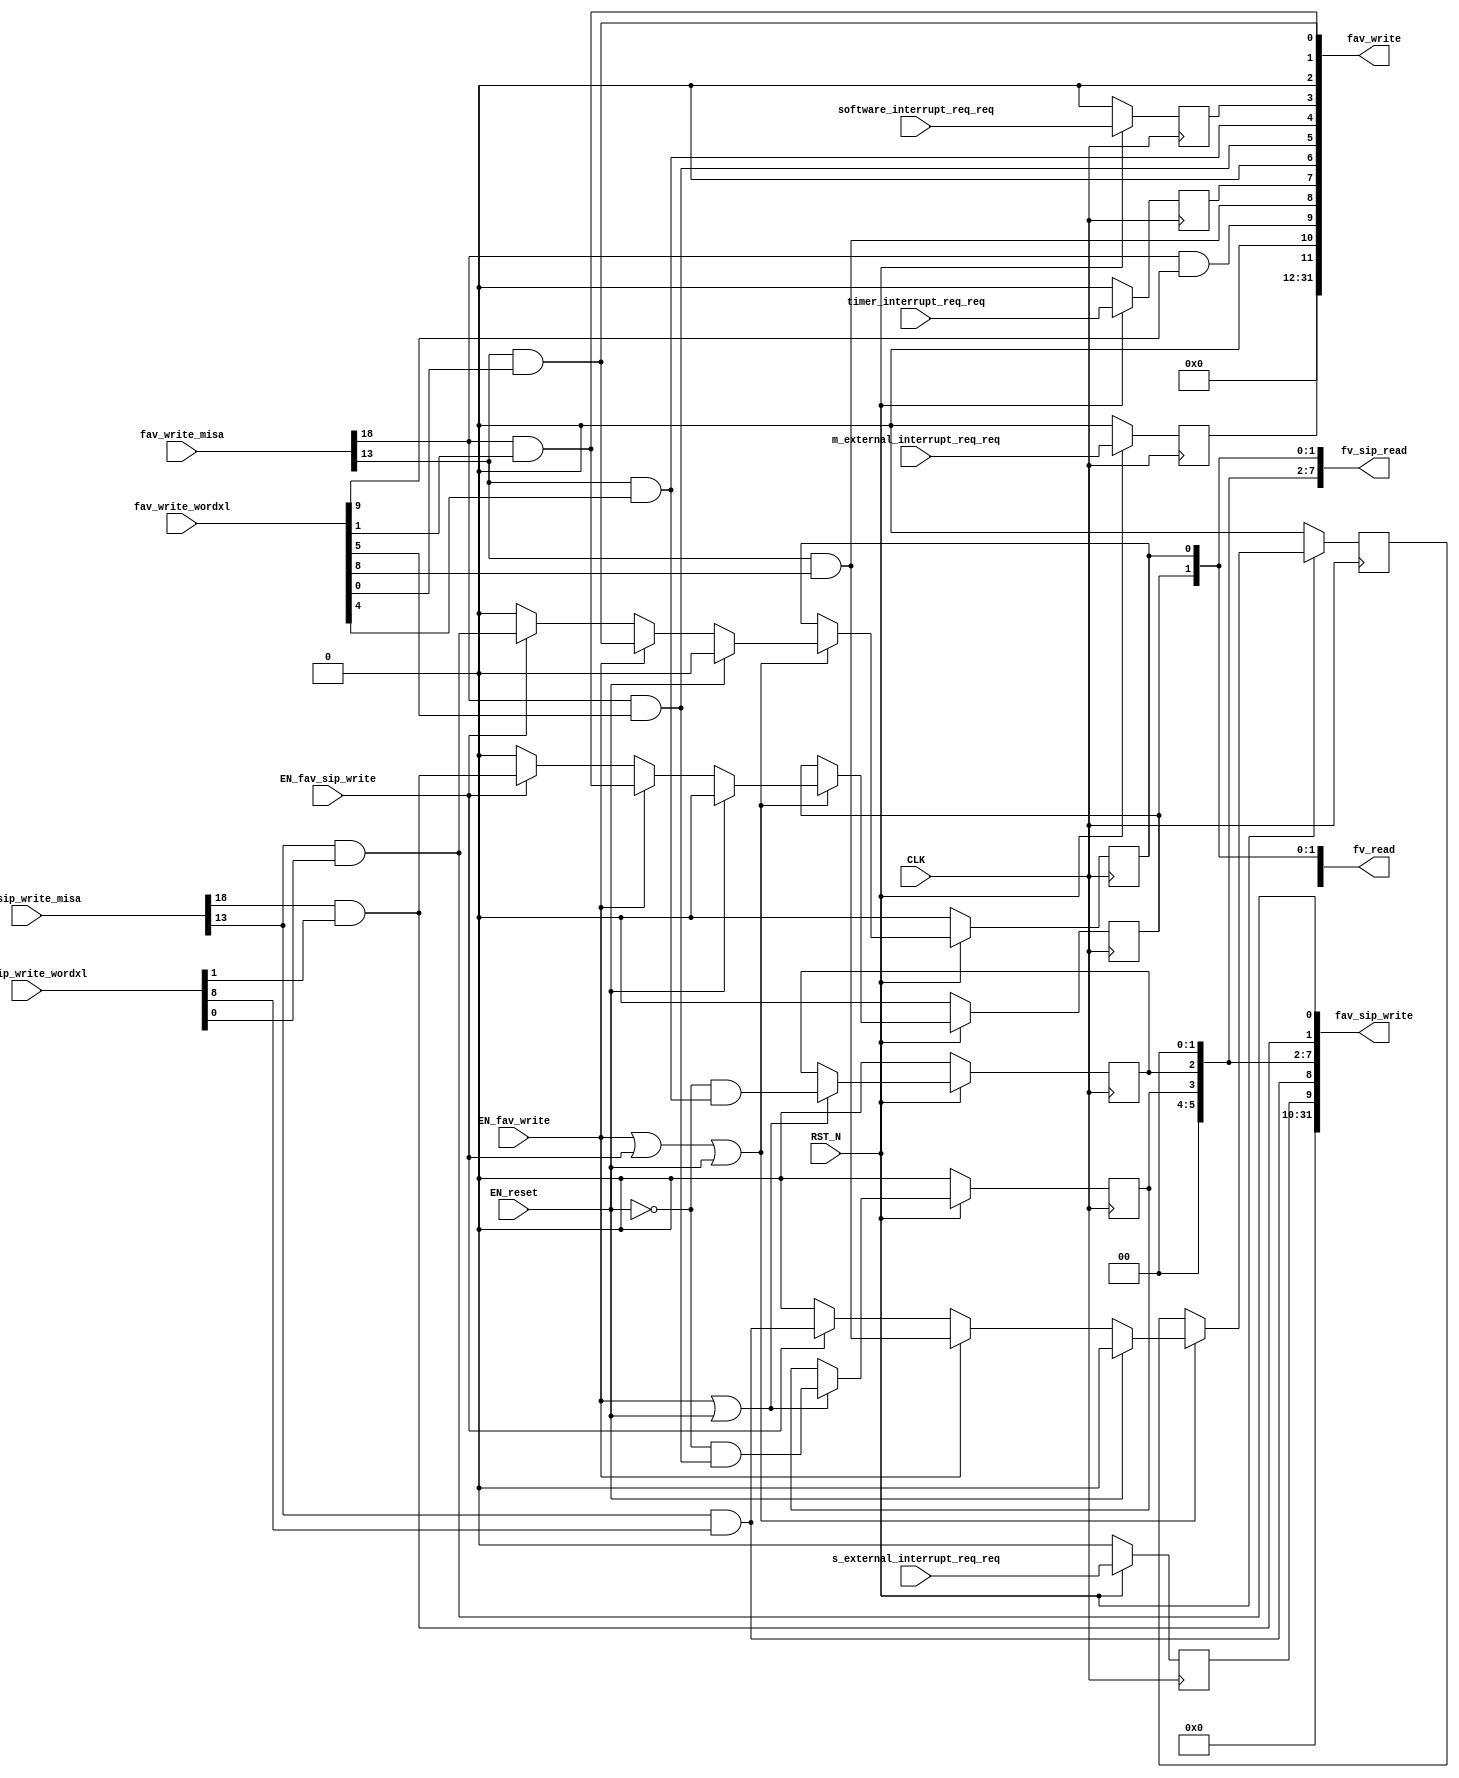
//
// Generated by Bluespec Compiler, version 2018.10.beta1 (build e1df8052c, 2018-10-17)
//
//
//
//
// Ports:
// Name                         I/O  size props
// fv_read                        O    32
// fav_write                      O    32
// fv_sip_read                    O    32
// fav_sip_write                  O    32
// CLK                            I     1 clock
// RST_N                          I     1 reset
// fav_write_misa                 I    28
// fav_write_wordxl               I    32
// fav_sip_write_misa             I    28
// fav_sip_write_wordxl           I    32
// m_external_interrupt_req_req   I     1 reg
// s_external_interrupt_req_req   I     1 reg
// software_interrupt_req_req     I     1 reg
// timer_interrupt_req_req        I     1 reg
// EN_reset                       I     1
// EN_fav_write                   I     1
// EN_fav_sip_write               I     1
//
// Combinational paths from inputs to outputs:
//   (fav_write_misa, fav_write_wordxl) -> fav_write
//   (fav_sip_write_misa, fav_sip_write_wordxl) -> fav_sip_write
//
//

`ifdef BSV_ASSIGNMENT_DELAY
`else
  `define BSV_ASSIGNMENT_DELAY
`endif

`ifdef BSV_POSITIVE_RESET
  `define BSV_RESET_VALUE 1'b1
  `define BSV_RESET_EDGE posedge
`else
  `define BSV_RESET_VALUE 1'b0
  `define BSV_RESET_EDGE negedge
`endif

module mkCSR_MIP(CLK,
		 RST_N,

		 EN_reset,

		 fv_read,

		 fav_write_misa,
		 fav_write_wordxl,
		 EN_fav_write,
		 fav_write,

		 fv_sip_read,

		 fav_sip_write_misa,
		 fav_sip_write_wordxl,
		 EN_fav_sip_write,
		 fav_sip_write,

		 m_external_interrupt_req_req,

		 s_external_interrupt_req_req,

		 software_interrupt_req_req,

		 timer_interrupt_req_req);
  input  CLK;
  input  RST_N;

  // action method reset
  input  EN_reset;

  // value method fv_read
  output [31 : 0] fv_read;

  // actionvalue method fav_write
  input  [27 : 0] fav_write_misa;
  input  [31 : 0] fav_write_wordxl;
  input  EN_fav_write;
  output [31 : 0] fav_write;

  // value method fv_sip_read
  output [31 : 0] fv_sip_read;

  // actionvalue method fav_sip_write
  input  [27 : 0] fav_sip_write_misa;
  input  [31 : 0] fav_sip_write_wordxl;
  input  EN_fav_sip_write;
  output [31 : 0] fav_sip_write;

  // action method m_external_interrupt_req
  input  m_external_interrupt_req_req;

  // action method s_external_interrupt_req
  input  s_external_interrupt_req_req;

  // action method software_interrupt_req
  input  software_interrupt_req_req;

  // action method timer_interrupt_req
  input  timer_interrupt_req_req;

  // signals for module outputs
  wire [31 : 0] fav_sip_write, fav_write, fv_read, fv_sip_read;

  // register rg_meip
  reg rg_meip;
  wire rg_meip$D_IN, rg_meip$EN;

  // register rg_msip
  reg rg_msip;
  wire rg_msip$D_IN, rg_msip$EN;

  // register rg_mtip
  reg rg_mtip;
  wire rg_mtip$D_IN, rg_mtip$EN;

  // register rg_seip
  reg rg_seip;
  wire rg_seip$D_IN, rg_seip$EN;

  // register rg_ssip
  reg rg_ssip;
  reg rg_ssip$D_IN;
  wire rg_ssip$EN;

  // register rg_stip
  reg rg_stip;
  wire rg_stip$D_IN, rg_stip$EN;

  // register rg_ueip
  reg rg_ueip;
  reg rg_ueip$D_IN;
  wire rg_ueip$EN;

  // register rg_usip
  reg rg_usip;
  reg rg_usip$D_IN;
  wire rg_usip$EN;

  // register rg_utip
  reg rg_utip;
  wire rg_utip$D_IN, rg_utip$EN;

  // rule scheduling signals
  wire CAN_FIRE_fav_sip_write,
       CAN_FIRE_fav_write,
       CAN_FIRE_m_external_interrupt_req,
       CAN_FIRE_reset,
       CAN_FIRE_s_external_interrupt_req,
       CAN_FIRE_software_interrupt_req,
       CAN_FIRE_timer_interrupt_req,
       WILL_FIRE_fav_sip_write,
       WILL_FIRE_fav_write,
       WILL_FIRE_m_external_interrupt_req,
       WILL_FIRE_reset,
       WILL_FIRE_s_external_interrupt_req,
       WILL_FIRE_software_interrupt_req,
       WILL_FIRE_timer_interrupt_req;

  // remaining internal signals
  wire [11 : 0] new_mip__h528, new_mip__h946;
  wire seip__h562,
       ssip__h566,
       ssip__h986,
       stip__h564,
       ueip__h563,
       ueip__h985,
       usip__h567,
       usip__h987,
       utip__h565;

  // action method reset
  assign CAN_FIRE_reset = 1'd1 ;
  assign WILL_FIRE_reset = EN_reset ;

  // value method fv_read
  assign fv_read = { 20'd0, new_mip__h528 } ;

  // actionvalue method fav_write
  assign fav_write = { 20'd0, new_mip__h946 } ;
  assign CAN_FIRE_fav_write = 1'd1 ;
  assign WILL_FIRE_fav_write = EN_fav_write ;

  // value method fv_sip_read
  assign fv_sip_read =
	     { 22'd0,
	       rg_seip,
	       rg_ueip,
	       2'b0,
	       rg_stip,
	       rg_utip,
	       2'b0,
	       rg_ssip,
	       rg_usip } ;

  // actionvalue method fav_sip_write
  assign fav_sip_write =
	     { 22'd0,
	       rg_seip,
	       ueip__h985,
	       2'b0,
	       rg_stip,
	       rg_utip,
	       2'b0,
	       ssip__h986,
	       usip__h987 } ;
  assign CAN_FIRE_fav_sip_write = 1'd1 ;
  assign WILL_FIRE_fav_sip_write = EN_fav_sip_write ;

  // action method m_external_interrupt_req
  assign CAN_FIRE_m_external_interrupt_req = 1'd1 ;
  assign WILL_FIRE_m_external_interrupt_req = 1'd1 ;

  // action method s_external_interrupt_req
  assign CAN_FIRE_s_external_interrupt_req = 1'd1 ;
  assign WILL_FIRE_s_external_interrupt_req = 1'd1 ;

  // action method software_interrupt_req
  assign CAN_FIRE_software_interrupt_req = 1'd1 ;
  assign WILL_FIRE_software_interrupt_req = 1'd1 ;

  // action method timer_interrupt_req
  assign CAN_FIRE_timer_interrupt_req = 1'd1 ;
  assign WILL_FIRE_timer_interrupt_req = 1'd1 ;

  // register rg_meip
  assign rg_meip$D_IN = m_external_interrupt_req_req ;
  assign rg_meip$EN = 1'b1 ;

  // register rg_msip
  assign rg_msip$D_IN = software_interrupt_req_req ;
  assign rg_msip$EN = 1'b1 ;

  // register rg_mtip
  assign rg_mtip$D_IN = timer_interrupt_req_req ;
  assign rg_mtip$EN = 1'b1 ;

  // register rg_seip
  assign rg_seip$D_IN = s_external_interrupt_req_req ;
  assign rg_seip$EN = 1'b1 ;

  // register rg_ssip
  always@(EN_reset or
	  EN_fav_write or ssip__h566 or EN_fav_sip_write or ssip__h986)
  case (1'b1)
    EN_reset: rg_ssip$D_IN = 1'd0;
    EN_fav_write: rg_ssip$D_IN = ssip__h566;
    EN_fav_sip_write: rg_ssip$D_IN = ssip__h986;
    default: rg_ssip$D_IN = 1'b0 /* unspecified value */ ;
  endcase
  assign rg_ssip$EN = EN_fav_write || EN_fav_sip_write || EN_reset ;

  // register rg_stip
  assign rg_stip$D_IN = !EN_reset && stip__h564 ;
  assign rg_stip$EN = EN_fav_write || EN_reset ;

  // register rg_ueip
  always@(EN_reset or
	  EN_fav_write or ueip__h563 or EN_fav_sip_write or ueip__h985)
  case (1'b1)
    EN_reset: rg_ueip$D_IN = 1'd0;
    EN_fav_write: rg_ueip$D_IN = ueip__h563;
    EN_fav_sip_write: rg_ueip$D_IN = ueip__h985;
    default: rg_ueip$D_IN = 1'b0 /* unspecified value */ ;
  endcase
  assign rg_ueip$EN = EN_fav_write || EN_fav_sip_write || EN_reset ;

  // register rg_usip
  always@(EN_reset or
	  EN_fav_write or usip__h567 or EN_fav_sip_write or usip__h987)
  case (1'b1)
    EN_reset: rg_usip$D_IN = 1'd0;
    EN_fav_write: rg_usip$D_IN = usip__h567;
    EN_fav_sip_write: rg_usip$D_IN = usip__h987;
    default: rg_usip$D_IN = 1'b0 /* unspecified value */ ;
  endcase
  assign rg_usip$EN = EN_fav_write || EN_fav_sip_write || EN_reset ;

  // register rg_utip
  assign rg_utip$D_IN = !EN_reset && utip__h565 ;
  assign rg_utip$EN = EN_fav_write || EN_reset ;

  // remaining internal signals
  assign new_mip__h528 =
	     { rg_meip,
	       1'b0,
	       rg_seip,
	       rg_ueip,
	       rg_mtip,
	       1'b0,
	       rg_stip,
	       rg_utip,
	       rg_msip,
	       1'b0,
	       rg_ssip,
	       rg_usip } ;
  assign new_mip__h946 =
	     { rg_meip,
	       1'b0,
	       seip__h562,
	       ueip__h563,
	       rg_mtip,
	       1'b0,
	       stip__h564,
	       utip__h565,
	       rg_msip,
	       1'b0,
	       ssip__h566,
	       usip__h567 } ;
  assign seip__h562 = fav_write_misa[18] && fav_write_wordxl[9] ;
  assign ssip__h566 = fav_write_misa[18] && fav_write_wordxl[1] ;
  assign ssip__h986 = fav_sip_write_misa[18] && fav_sip_write_wordxl[1] ;
  assign stip__h564 = fav_write_misa[18] && fav_write_wordxl[5] ;
  assign ueip__h563 = fav_write_misa[13] && fav_write_wordxl[8] ;
  assign ueip__h985 = fav_sip_write_misa[13] && fav_sip_write_wordxl[8] ;
  assign usip__h567 = fav_write_misa[13] && fav_write_wordxl[0] ;
  assign usip__h987 = fav_sip_write_misa[13] && fav_sip_write_wordxl[0] ;
  assign utip__h565 = fav_write_misa[13] && fav_write_wordxl[4] ;

  // handling of inlined registers

  always@(posedge CLK)
  begin
    if (RST_N == `BSV_RESET_VALUE)
      begin
        rg_meip <= `BSV_ASSIGNMENT_DELAY 1'd0;
	rg_msip <= `BSV_ASSIGNMENT_DELAY 1'd0;
	rg_mtip <= `BSV_ASSIGNMENT_DELAY 1'd0;
	rg_seip <= `BSV_ASSIGNMENT_DELAY 1'd0;
	rg_ssip <= `BSV_ASSIGNMENT_DELAY 1'd0;
	rg_stip <= `BSV_ASSIGNMENT_DELAY 1'd0;
	rg_ueip <= `BSV_ASSIGNMENT_DELAY 1'd0;
	rg_usip <= `BSV_ASSIGNMENT_DELAY 1'd0;
	rg_utip <= `BSV_ASSIGNMENT_DELAY 1'd0;
      end
    else
      begin
        if (rg_meip$EN) rg_meip <= `BSV_ASSIGNMENT_DELAY rg_meip$D_IN;
	if (rg_msip$EN) rg_msip <= `BSV_ASSIGNMENT_DELAY rg_msip$D_IN;
	if (rg_mtip$EN) rg_mtip <= `BSV_ASSIGNMENT_DELAY rg_mtip$D_IN;
	if (rg_seip$EN) rg_seip <= `BSV_ASSIGNMENT_DELAY rg_seip$D_IN;
	if (rg_ssip$EN) rg_ssip <= `BSV_ASSIGNMENT_DELAY rg_ssip$D_IN;
	if (rg_stip$EN) rg_stip <= `BSV_ASSIGNMENT_DELAY rg_stip$D_IN;
	if (rg_ueip$EN) rg_ueip <= `BSV_ASSIGNMENT_DELAY rg_ueip$D_IN;
	if (rg_usip$EN) rg_usip <= `BSV_ASSIGNMENT_DELAY rg_usip$D_IN;
	if (rg_utip$EN) rg_utip <= `BSV_ASSIGNMENT_DELAY rg_utip$D_IN;
      end
  end

  // synopsys translate_off
  `ifdef BSV_NO_INITIAL_BLOCKS
  `else // not BSV_NO_INITIAL_BLOCKS
  initial
  begin
    rg_meip = 1'h0;
    rg_msip = 1'h0;
    rg_mtip = 1'h0;
    rg_seip = 1'h0;
    rg_ssip = 1'h0;
    rg_stip = 1'h0;
    rg_ueip = 1'h0;
    rg_usip = 1'h0;
    rg_utip = 1'h0;
  end
  `endif // BSV_NO_INITIAL_BLOCKS
  // synopsys translate_on
endmodule  // mkCSR_MIP